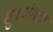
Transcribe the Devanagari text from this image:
सुवर्णमछा